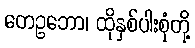
တေဥဘော၊ ထိုနှစ်ပါးစုံတို့